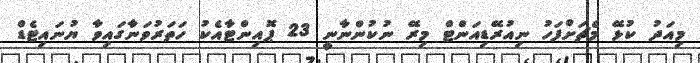
މިއަދު ކުޅޭ މެޗަށްފަހު ނިއުރޭޑިއަންޓް މިރޭ ނުކުންނާނީ 23 ޕޮއިންޓާއެކު ހަތަރުވަނާގައިވާ ޔުނައިޓެޑް